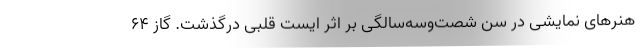
هنرهای نمایشی در سن شصت‌وسه‌سالگی بر اثر ایست قلبی درگذشت. گاز ۶۴